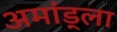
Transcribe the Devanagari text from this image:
अमांड्ला